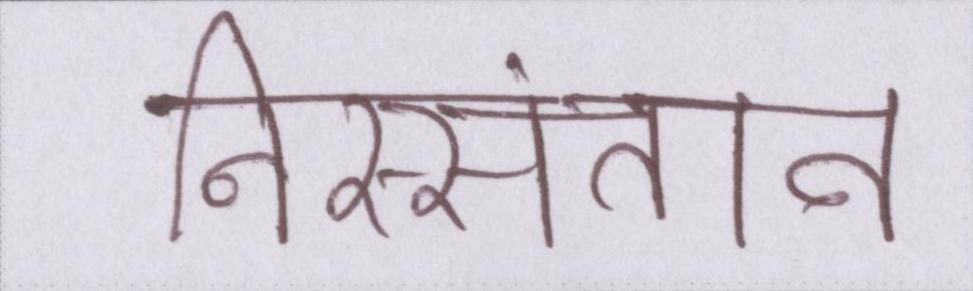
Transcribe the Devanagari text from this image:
निस्संतान